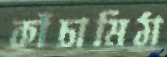
কাঁচামিঠা